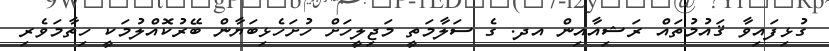
ގުޅިފައިވާ ޤައުމުތައް ރަޝިއާއިން އދ. ގެ ސަލާމަތީ މަޖިލީހަށް ހުށަހެޅިބަޔާން ބޭރުކޮއްލުމަކީ ހިތާމަވެރި